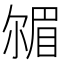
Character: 𡮠